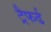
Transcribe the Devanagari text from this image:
ट्रैफर्ढ